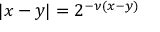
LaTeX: | x - y | = 2 ^ { - \nu ( x - y ) }